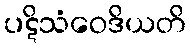
ပဋိသံဝေဒိယတိ